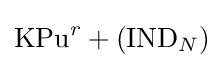
\mathrm {KPu} ^{r}+(\mathrm {IND} _{N})